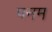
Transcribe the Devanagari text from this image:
पनम